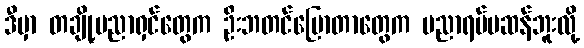
ဒီမှာ တချို့ပညာရှင်တွေက ဦးဘတင်ပြောတာတွေက ပညာရပ်မဆန်ဘူးလို့